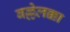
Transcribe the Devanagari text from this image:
बल्लेलक्का